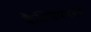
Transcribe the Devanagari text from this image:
कैल्सियममय